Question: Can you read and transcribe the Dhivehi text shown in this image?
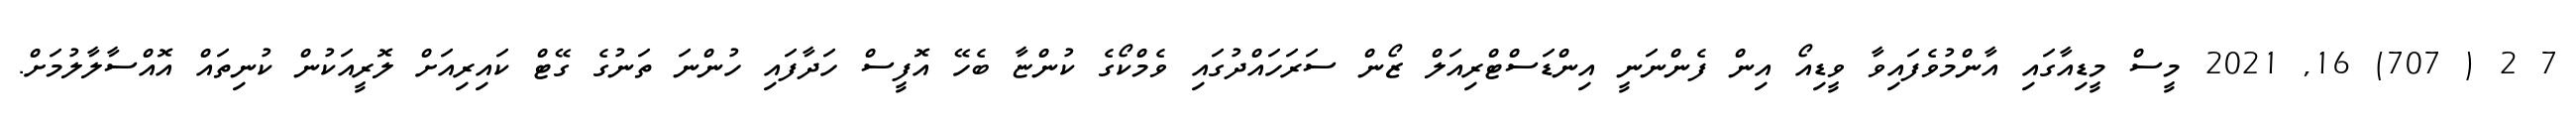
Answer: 7 2 ( 707) 16, 2021 މީސް މީޑިއާގައި އާންމުވެފައިވާ ވީޑިއޯ އިން ފެންނަނީ އިންޑަސްޓްރިއަލް ޒޯން ސަރަހައްދުގައި ވެމްކޯގެ ކުންޏާ ބެހޭ އޮފީސް ހަދާފައި ހުންނަ ތަނުގެ ގޭޓް ކައިރިއަށް ލޮރީއަކުން ކުނިތައް އޮއްސާލާލުމަށް.